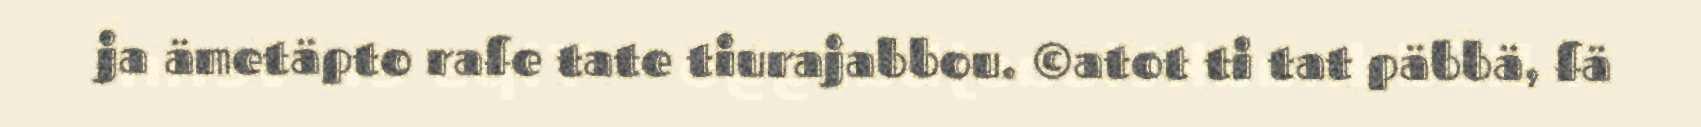
ja ämetäpto rafe tate tiurajabbou. ©atot ti tat päbbä, fä